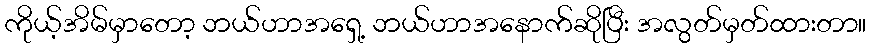
ကိုယ့်အိမ်မှာတော့ ဘယ်ဟာအရှေ့ ဘယ်ဟာအနောက်ဆိုပြီး အလွတ်မှတ်ထားတာ။